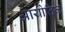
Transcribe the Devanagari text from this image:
आयोतिज